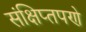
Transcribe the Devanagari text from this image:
संक्षिप्‍तपणे